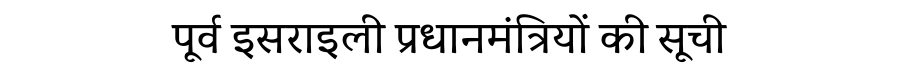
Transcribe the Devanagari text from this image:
पूर्व इसराइली प्रधानमंत्रियों की सूची